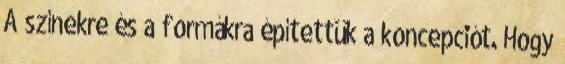
A színekre és a formákra építettük a koncepciót. Hogy